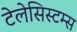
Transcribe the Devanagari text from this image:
टेलेसिस्टम्स